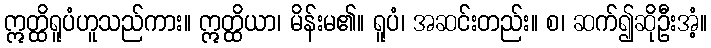
ဣတ္ထိရူပံဟူသည်ကား။ ဣတ္ထိယာ၊ မိန်းမ၏။ ရူပံ၊ အဆင်းတည်း။ စ၊ ဆက်၍ဆိုဦးအံ့။